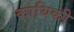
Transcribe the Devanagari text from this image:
कायिकी